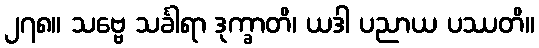
၂၇၈။ သဗ္ဗေ သင်္ခါရာ ဒုက္ခာတိ၊ ယဒါ ပညာယ ပဿတိ။